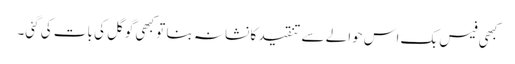
کبھی فیس بک اس حوالے سے تنقید کا نشانہ بنا تو کبھی گوگل کی بات کی گئی۔